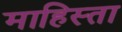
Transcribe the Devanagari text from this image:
माहिस्ता